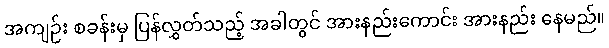
အကျဉ်း စခန်းမှ ပြန်လွှတ်သည့် အခါတွင် အားနည်းကောင်း အားနည်း နေမည်။